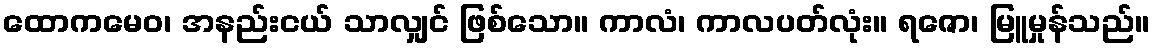
ထောကမေဝ၊ အနည်းငယ် သာလျှင် ဖြစ်သော။ ကာလံ၊ ကာလပတ်လုံး။ ရဇော၊ မြူမှုန်သည်။